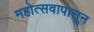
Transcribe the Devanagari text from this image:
महोत्सवापासून